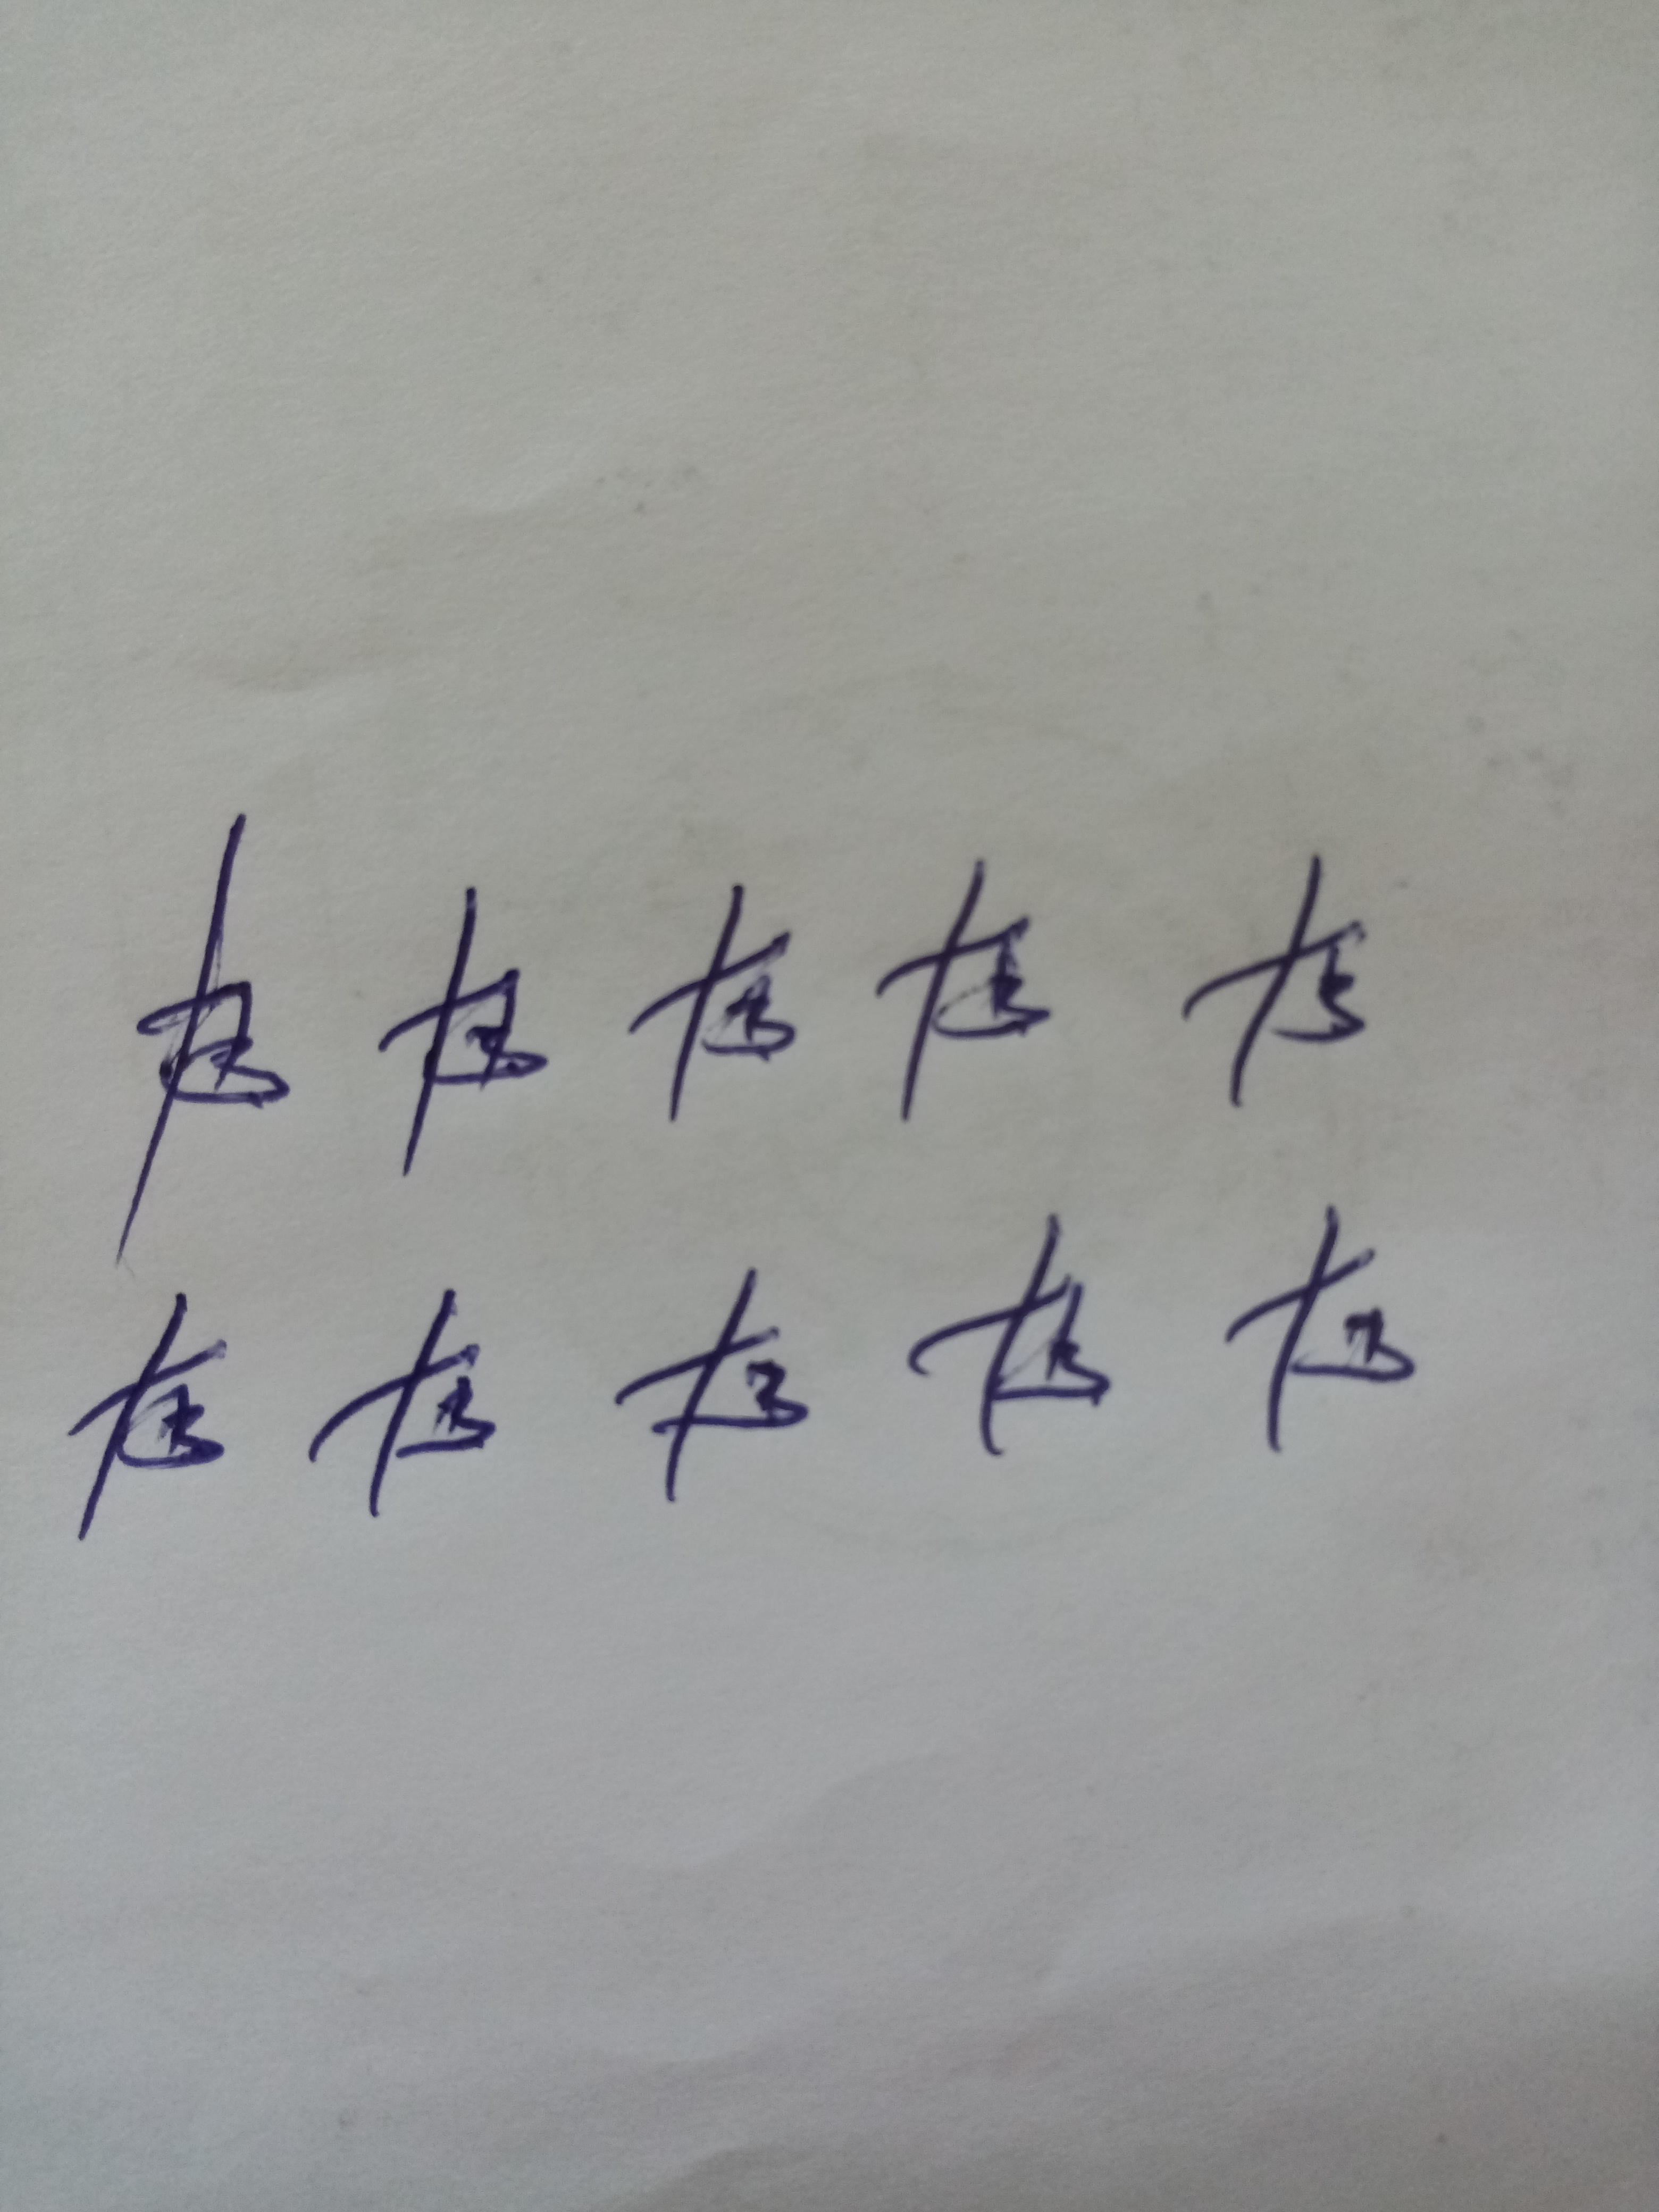
Signature authenticity: forged